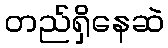
တည်ရှိနေဆဲ